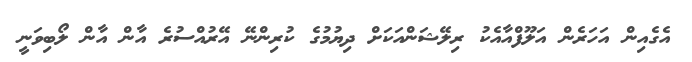
އެގެއިން އަހަރެން އަލޫފްއާއެކު ރިލޭޝަންއަކަށް ދިޔުމުގެ ކުރިންނޭ އޭރުއްސުރެ އާން އާން ލޯބިވަނީ